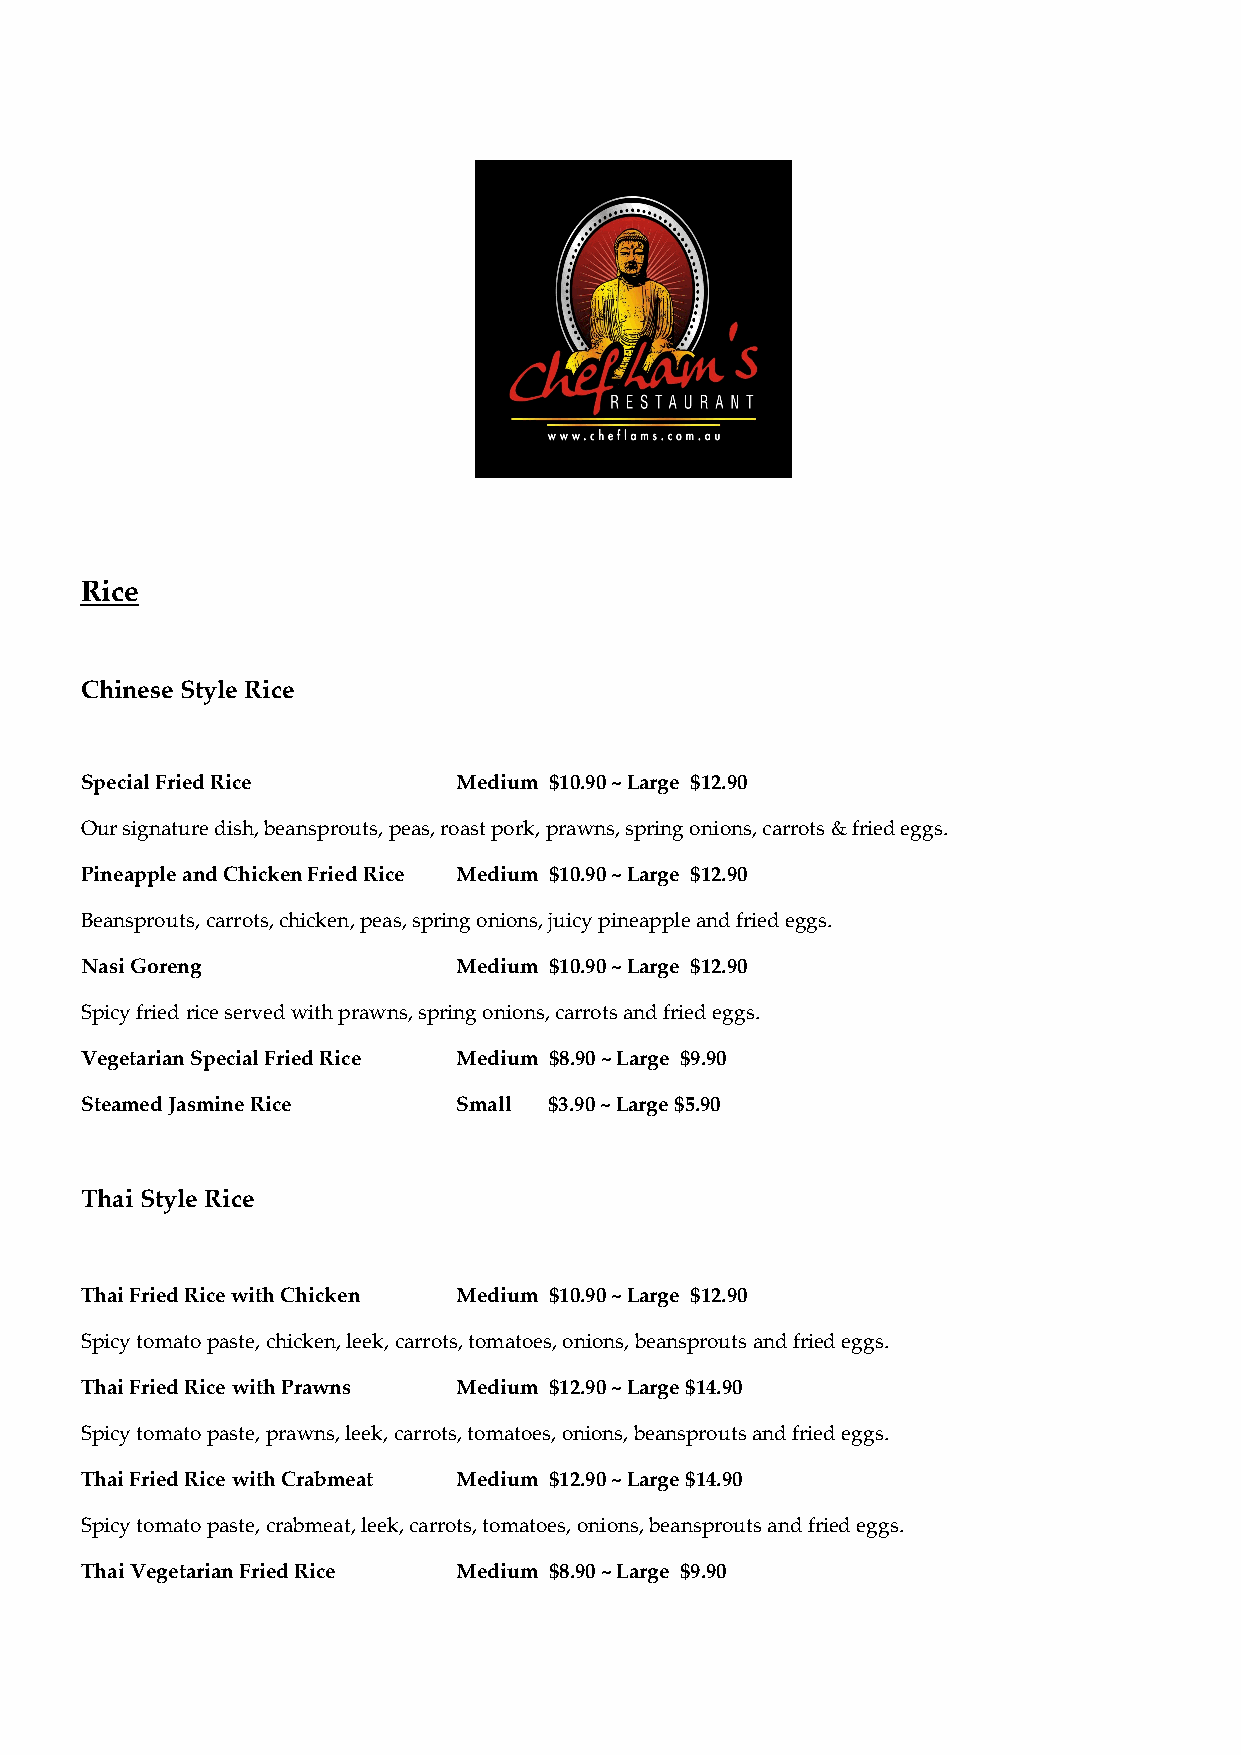
Rice
 Chinese Style Rice
 Special Fried Rice       Medium $10.90 ~ Large $12.90
 Our signature dish, beansprouts, peas, roast pork, prawns, spring onions, carrots & fried eggs.
 Pineapple and Chicken Fried Rice Medium $10.90 ~ Large $12.90
 Beansprouts, carrots, chicken, peas, spring onions, juicy pineapple and fried eggs.
 Nasi Goreng              Medium $10.90 ~ Large $12.90
 Spicy fried rice served with prawns, spring onions, carrots and fried eggs.
 Vegetarian Special Fried Rice Medium $8.90 ~ Large $9.90
 Steamed Jasmine Rice     Small $3.90 ~ Large $5.90
 Thai Style Rice
 Thai Fried Rice with Chicken Medium $10.90 ~ Large $12.90
 Spicy tomato paste, chicken, leek, carrots, tomatoes, onions, beansprouts and fried eggs.
 Thai Fried Rice with Prawns Medium $12.90 ~ Large $14.90
 Spicy tomato paste, prawns, leek, carrots, tomatoes, onions, beansprouts and fried eggs.
 Thai Fried Rice with Crabmeat Medium $12.90 ~ Large $14.90
 Spicy tomato paste, crabmeat, leek, carrots, tomatoes, onions, beansprouts and fried eggs.
 Thai Vegetarian Fried Rice Medium $8.90 ~ Large $9.90